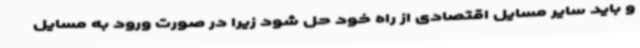
و باید سایر مسایل اقتصادی از راه خود حل شود زیرا در صورت ورود به مسایل